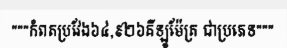
"""កំពតប្រវែង៦៤,៩២៦គីឡូម៉ែត្រ ជាប្រភេទ"""